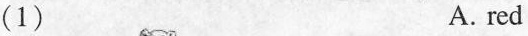
(1) A. red